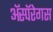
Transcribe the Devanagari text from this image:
ॲस्पॅरेगस